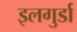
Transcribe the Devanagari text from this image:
इलगुर्डा